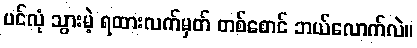
ပင်လုံ သွားမဲ့ ရထားလက်မှတ် တစ်စောင် ဘယ်လောက်လဲ။